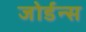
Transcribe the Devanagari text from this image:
जोर्डन्स